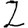
Digit: 2